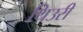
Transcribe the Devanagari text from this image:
थिउरी